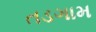
તડગામ